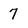
Character: 7